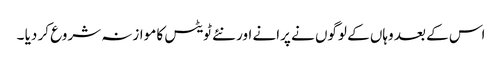
اس کے بعد وہاں کے لوگوں نے پرانے اور نئے ٹویٹس کا موازنہ شروع کر دیا ۔